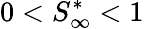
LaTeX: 0<S_{\infty}^{*}<1